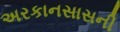
અરકાનસાસની